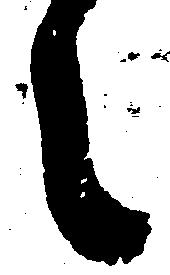
之